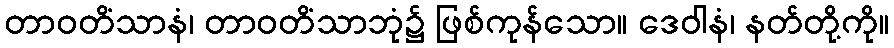
တာဝတိံသာနံ၊ တာဝတိံသာဘုံ၌ ဖြစ်ကုန်သော။ ဒေဝါနံ၊ နတ်တို့ကို။